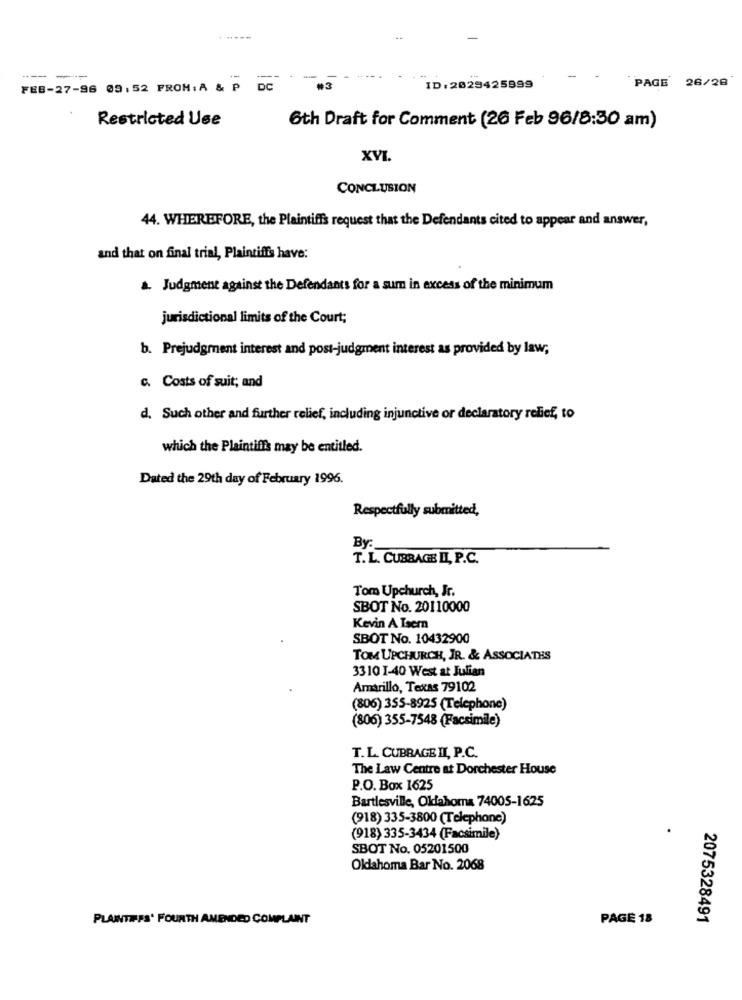
----
PAGE 26/28
FEB-27-96 09.52 FROM:A & P
DC
ID:2029425999
Restricted Use
6th Draft for Comment (26 Feb 96/8:30 am)
XVI.
CONCLUSION
44. WHEREFORE, the Plaintiffs request that the Defendants cited to appear and answer,
and that on final trial, Plaintiffs have:
a. Judgment against the Defendants for a sum in excess of the minimum
jurisdictional limits of the Court;
b. Prejudgment interest and post-judgment interest as provided by law;
c. Costs of suit; and
d. Such other and further relief, including injunctive or declaratory relief, to
which the Plaintiffs may be entitled.
Dated the 29th day of February 1996.
Respectfully submitted,
By:
T. L. CUBRAGE II, P.C.
Tom Upchurch, Jr.
SBOT No. 20110000
Kevin A Isem
SBOT No. 10432900
TOM UPCHURCH, JR. & ASSOCIATES
3310 1-40 West at Julian
Amarillo, Texas 79102
(806) 355-8925 (Telephone)
(806) 355-7548 (Facsimile)
T. L. CUBRAGE II, P.C.
The Law Centre at Dorchester House
P.O. Box 1625
Bartlesville, Oklahoma 74005-1625
(918) 335-3800 (Telephone)
(918) 335-3434 (Facsimile)
SBOT No. 05201500
Oldahoma Bar No. 2068
PLAINTIFFS' FOURTH AMENDED COMPLAINT
PAGE 18
2075328491